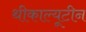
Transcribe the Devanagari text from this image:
थीकाल्यूटीन